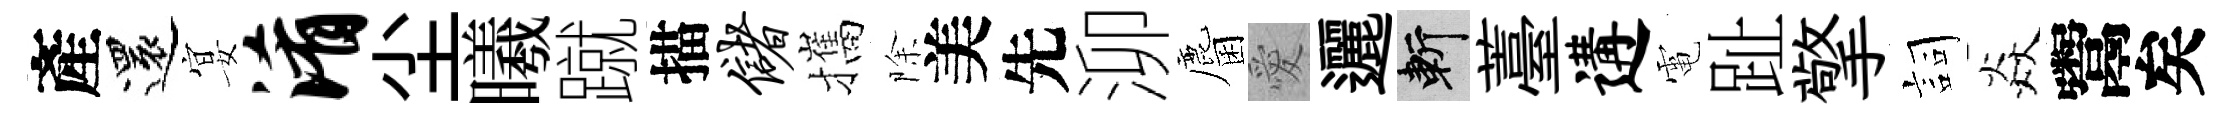
產還宴淆尘曦蹴描储攜除美先泖麕愛邐斬薹遘電趾擎詞焱鬻矣